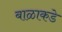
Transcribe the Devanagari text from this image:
बाळाकडे